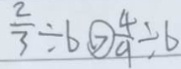
\frac { 2 } { 3 } \div 6 > \frac { 4 } { 9 } \div 6